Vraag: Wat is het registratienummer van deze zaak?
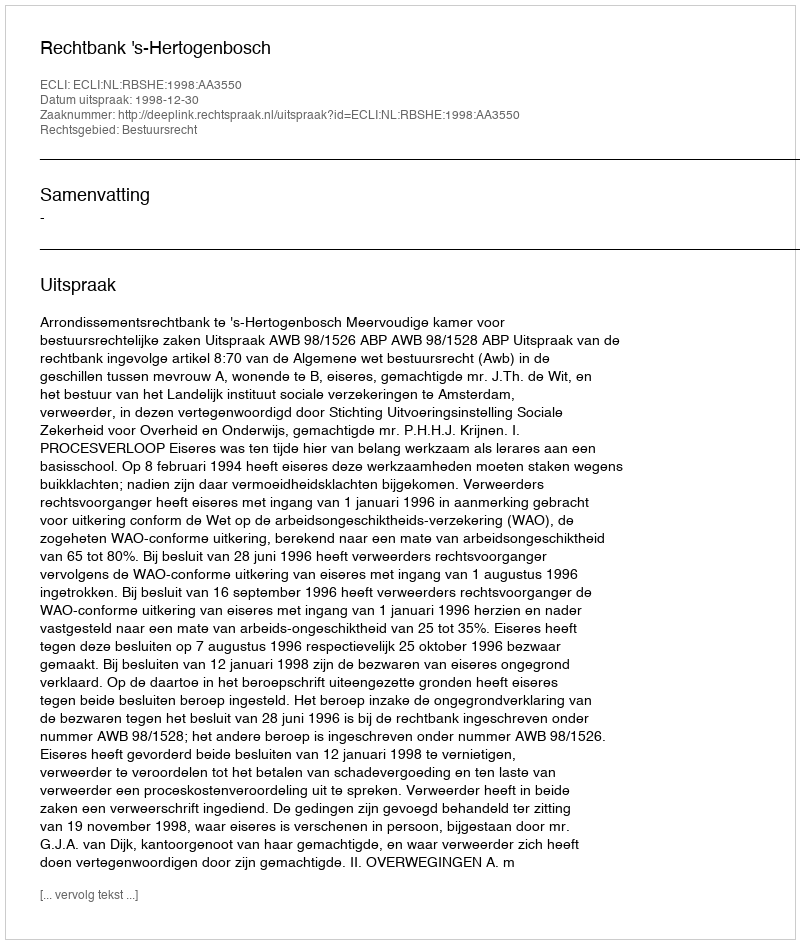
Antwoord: http://deeplink.rechtspraak.nl/uitspraak?id=ECLI:NL:RBSHE:1998:AA3550